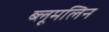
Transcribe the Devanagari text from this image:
ब्लूमलिन